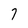
Character: 7